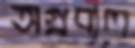
অগ্রবাল